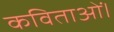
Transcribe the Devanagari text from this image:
कविताओं।